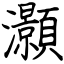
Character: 灝